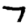
Digit: 7